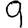
Digit: 9